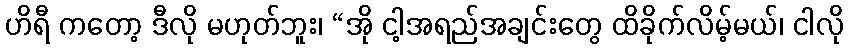
ဟိရီ ကတော့ ဒီလို မဟုတ်ဘူး၊ “အို ငါ့အရည်အချင်းတွေ ထိခိုက်လိမ့်မယ်၊ ငါလို